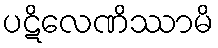
ပဋိလေဏိဿာမိ